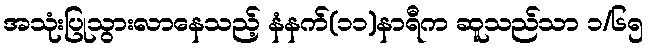
အသုံးပြုသွားလာနေသည့် နံနက်(၁၁)နာရီက ဆူသည်သာ ၁/၆၅